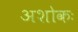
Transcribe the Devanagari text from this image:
अशोकः